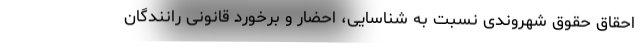
احقاق حقوق شهروندی نسبت به شناسایی، احضار و برخورد قانونی رانندگان